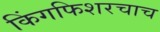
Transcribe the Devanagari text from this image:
किंगफिशरचाच